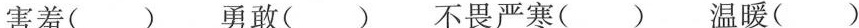
害羞( ) 勇敢( ) 不畏严寒( ) 温暖( )